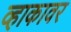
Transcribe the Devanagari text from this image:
व्हाकावर